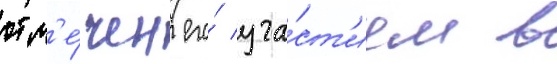
отм'е́чен его́ уча́ст'ием в